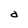
Character: a